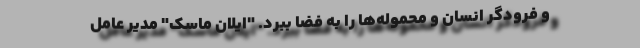
و فرودگر انسان و محموله‌ها را به فضا ببرد. "ایلان ماسک" مدیر عامل